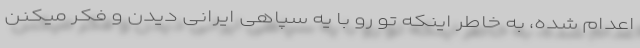
اعدام شده، به خاطر اینکه تو رو با یه سپاهی ایرانی دیدن و فکر میکنن